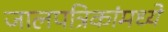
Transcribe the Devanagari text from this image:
जालपत्रिकांमध्ये